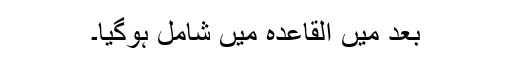
بعد میں القاعدہ میں شامل ہوگیا۔